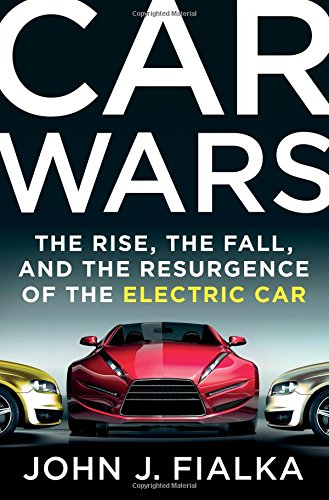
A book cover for Car Wars: The Rise, the Fall, and the Resurgence of the Electric Car; John J. Fialka; Business & Money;